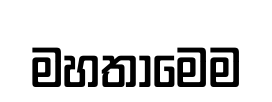
මහතාමෙම